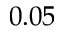
0 . 0 5